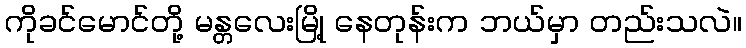
ကိုခင်မောင်တို့ မန္တလေးမြို့ နေတုန်းက ဘယ်မှာ တည်းသလဲ။